Annual report of the Imperial Bacteriological Laboratory, Muktesar
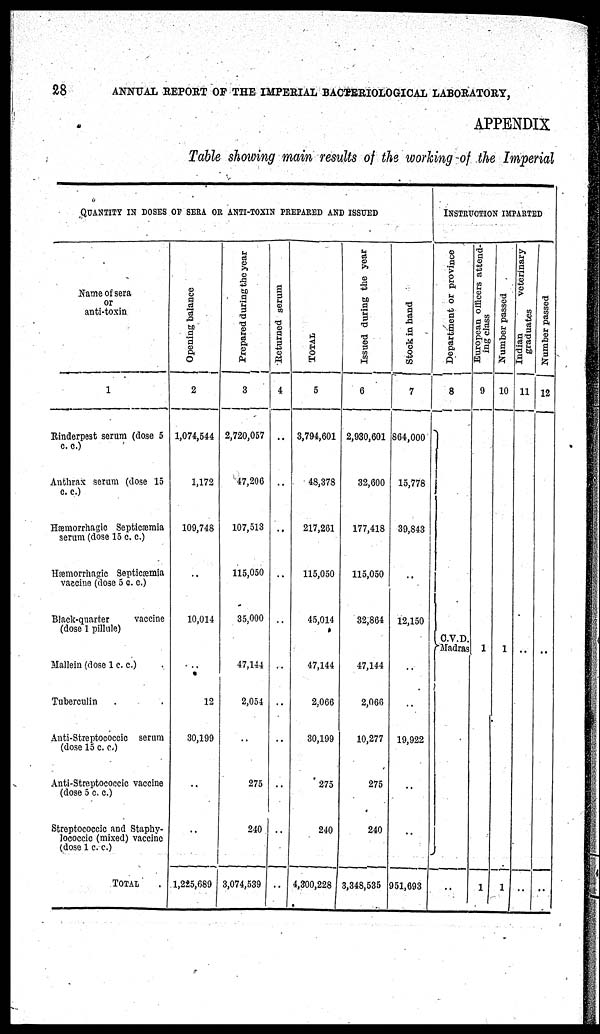
28
ANNUAL REPORT OF THE IMPERIAL BACTERIOLOGICAL LABORATORY,
APPENDIX
Table showing main results of the working of the Imperial
QUANTITY IN DOSES OF SERA OR ANTI-TOXIN PREPARED AND ISSUED
Name of sera
or
anti-toxin
1
Rinderpest serum (dose 5
c. c.)
Anthrax serum (dose 15
c. c.)
Hæmorrhagic Septicæmia
serum (dose 15 c. c.)
Hæmorrhagic Septicæmia
vaccine (dose 5 c. c.)
Black-quarter
vaccine
(dose 1 pillule)
Mallein (dose 1 c. c.)
Tuberculin
Anti-Streptococcic serum
(dose 15 c. c.)
Anti-Streptococcic vaccine
(dose 5 c. c.)
Streptococcic and Staphy-
lococcic (mixed) vaccine
(dose 1 c. c.)
TOTAL
Opening balance
2
1,074,544
1,172
109,748
10,014
..
12
30,199
..
..
1,225,689
Prepared during the year
3
2,720,057
47,206
107,513
115,050
35,000
47,144
2,054
275
240
3,074,539
Returned serum
4
..
..
..
..
..
..
..
TOTAL
5
3,794,601
48,378
217,261
115,050
45,014
47,144
2,066
30,199
275
240
4,300,228
Issued during the year
6
2,930,601
32,600
177,418
115,050
32,864
47,144
2,066
10,277
275
240
3,348,535
INSTRUCTION IMPARTED
Stock in hand
7
864,000
15,778
39,843
..
12,150
19,922
..
951,693
Department or province
8
} C.V.D.
Madras
..
European officers attend-
ing class
9
1
1
Number passed
10
1
1
Indian
veterinary
graduates
11
..
..
Number passed
12
..
..